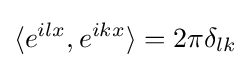
\langle e^{ilx},e^{ikx}\rangle =2\pi \delta _{lk}